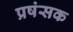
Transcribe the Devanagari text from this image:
प्रषंसक